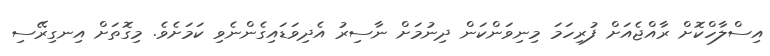
އިސްލާހްކޮށް ރާއްޖެއަށް ފުރިހަމަ މިނިވަންކަން ދިނުމަށް ނާސިރު އެދިވަޑައިގެންނެވި ކަމަށެވެ. މިގޮތަށް އިނގިރޭސި